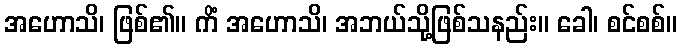
အဟောသိ၊ ဖြစ်၏။ ကိံ အဟောသိ၊ အဘယ်သို့ဖြစ်သနည်း။ ခေါ၊ စင်စစ်။